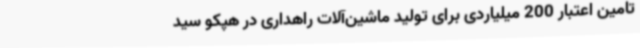
تامین اعتبار 200 میلیاردی برای تولید ماشین‌آلات راهداری در هپکو سید